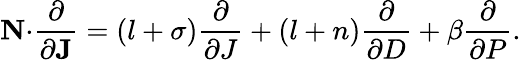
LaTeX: \mathbf{N\cdot}\frac{\partial}{\partial\mathbf{J}}=\left(l+\sigma\right)\frac{\partial}{\partial J}+\left(l+n\right)\frac{\partial}{\partial D}+\beta\frac{\partial}{\partial P}.